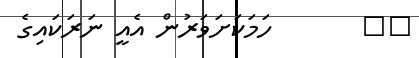
٦٤       ހަމަކަށަވަރުން އެއީ ނަރަކައިގެ